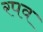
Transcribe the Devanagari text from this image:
रपव